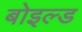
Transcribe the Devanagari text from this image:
बोइल्ड